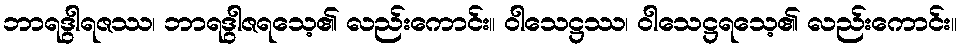
ဘာရဒွါရဇဿ၊ ဘာရဒွါဇရသေ့၏ လည်းကောင်း။ ဝါသေဋ္ဌဿ၊ ဝါသေဋ္ဌရသေ့၏ လည်းကောင်း။